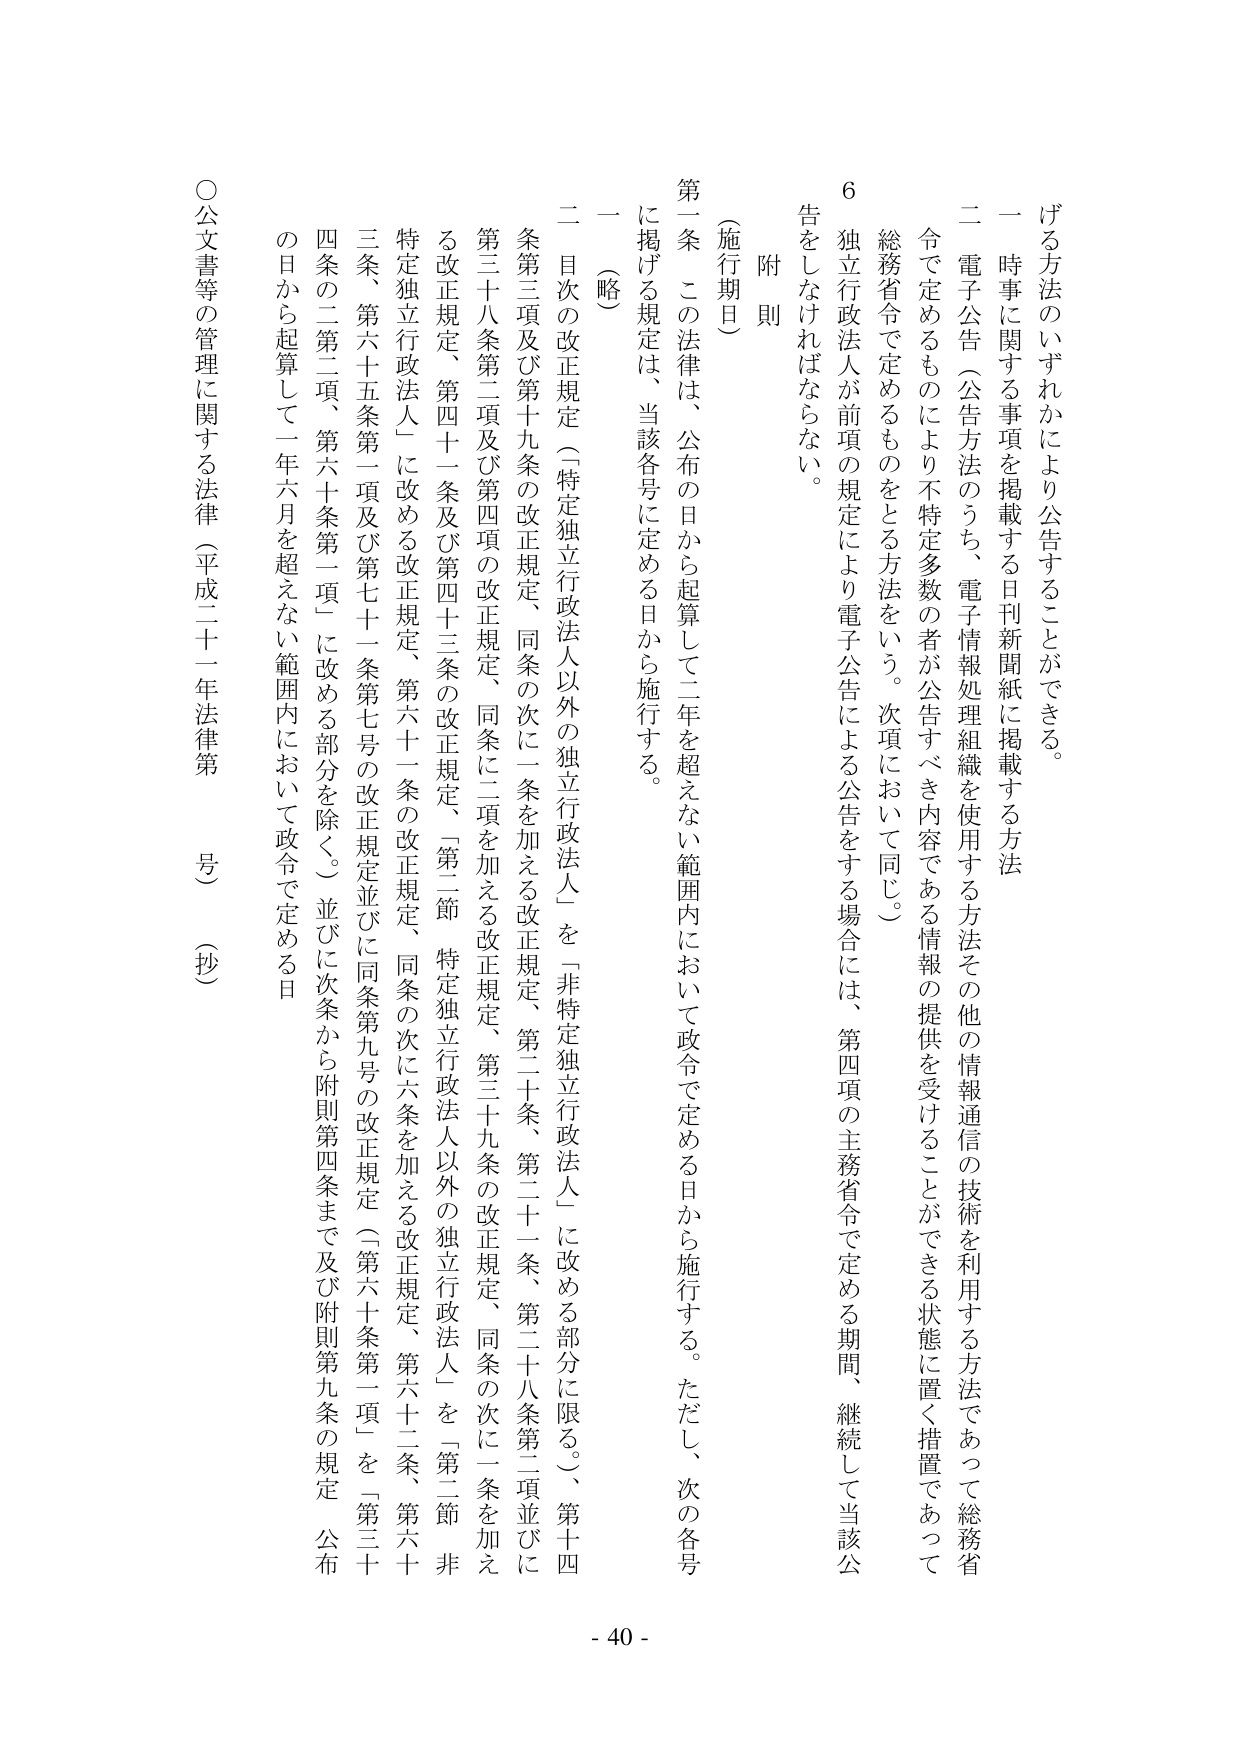
げる方法のいずれかにより公告することができる。

一 時事に関する事項を掲載する日刊新聞紙に掲載する方法

二 電子公告（公告法のうち、電子情報処理組織を使用する方法その他の情報通信の技術を利用する方法であって総務省令で定めるものにより不特定多数の者が公告すべき内容である情報の提供を受けることができる状態に置く措置であって総務省令で定めるもの）をとる方法をいう。次項において同じ。

6 独立行政法人が前項の規定により電子公告による公告をする場合には、第四項の主務省令で定める期間、継続して当該公告をしなければならない。

附則

（施行期日）

第一条 この法律は、公布の日から起算して二年を超えない範囲内において政令で定める日から施行する。ただし、次の各号に掲げる規定は、当該各号に定める日から施行する。

一 （略）

二 目次の改正規定（「特定独立行政法人以外の独立行政法人」を「非特定独立行政法人」に改める部分に限る。）、第十四条第三項及び第十九条の改正規定、同条の次に一条を加える改正規定、第二十条、第二十一条、第二十八条第二項並びに第三十八条第二項及び第四項の改正規定、同条に二項を加える改正規定、第三十九条の改正規定、同条の次に一条を加える改正規定、第四十一条及び第四十三条の改正規定、「第二節 特定独立行政法人以外の独立行政法人」を「第二節 非特定独立行政法人」に改める改正規定、第六十一条の改正規定、同条の次に六条を加える改正規定、第六十二条、第六十三条、第六十五条第一項及び第七十一条第七号の改正規定並びに同条第九号の改正規定（第六十条第一項」を「第三十四条の二第二項、第六十条第一項」に改める部分を除く。）並びに次条から附則第四条まで及び附則第九条の規定、公布の日から起算して一年六月を超えない範囲内において政令で定める日

○公文書等の管理に関する法律（平成二十一年法律第 号）（抄）

- 40 -